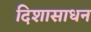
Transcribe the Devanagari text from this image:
दिशासाधन